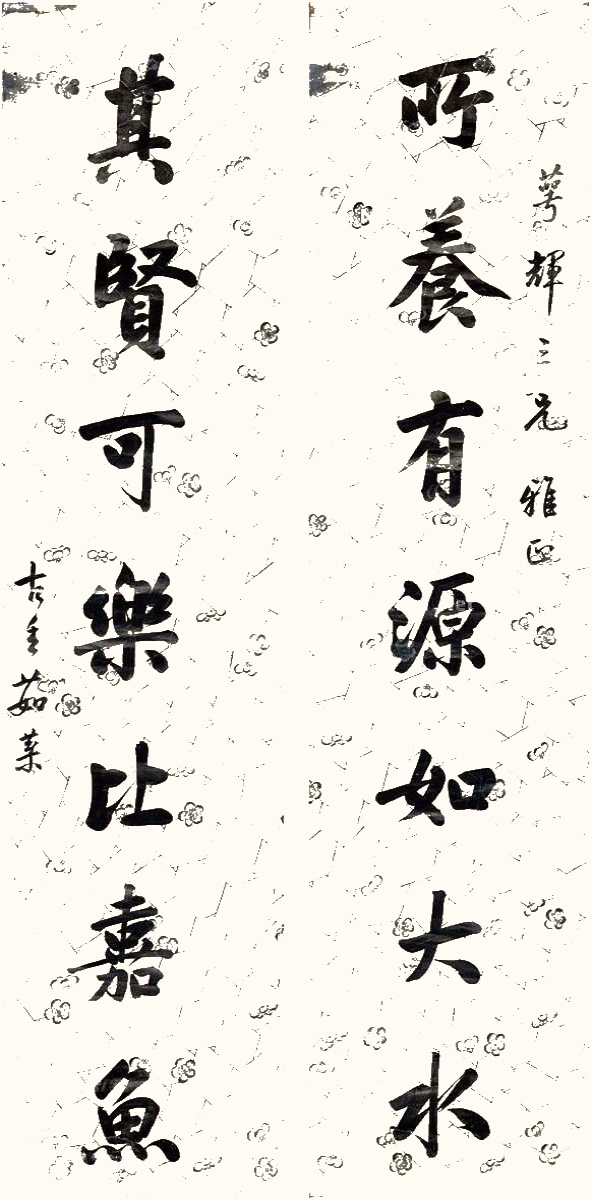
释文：所养有源如大水，其贤可乐比嘉鱼。萼辉三兄雅正。古香茹棻。